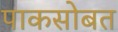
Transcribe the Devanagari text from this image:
पाकसोबत